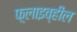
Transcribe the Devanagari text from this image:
फ़्लाइव्हील